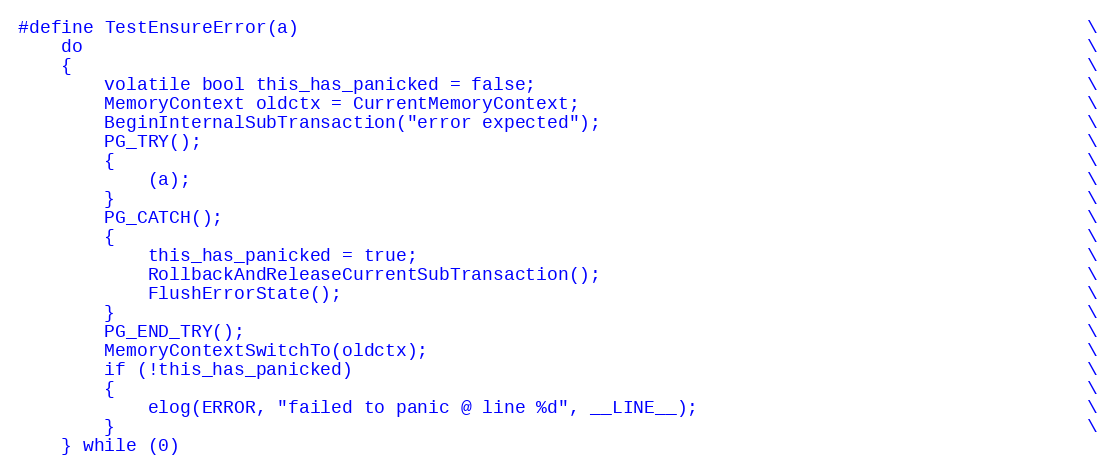
Language: C
#define TestEnsureError(a)                                                                         \
	do                                                                                             \
	{                                                                                              \
		volatile bool this_has_panicked = false;                                                   \
		MemoryContext oldctx = CurrentMemoryContext;                                               \
		BeginInternalSubTransaction("error expected");                                             \
		PG_TRY();                                                                                  \
		{                                                                                          \
			(a);                                                                                   \
		}                                                                                          \
		PG_CATCH();                                                                                \
		{                                                                                          \
			this_has_panicked = true;                                                              \
			RollbackAndReleaseCurrentSubTransaction();                                             \
			FlushErrorState();                                                                     \
		}                                                                                          \
		PG_END_TRY();                                                                              \
		MemoryContextSwitchTo(oldctx);                                                             \
		if (!this_has_panicked)                                                                    \
		{                                                                                          \
			elog(ERROR, "failed to panic @ line %d", __LINE__);                                    \
		}                                                                                          \
	} while (0)